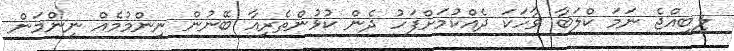
ލިބިއްޖެ ނަމަ ކްލަބާ ވާހަކަ ދެއްކުމަށްފަހު ދެން ކުޅުންތެރިއާ ބޭނުން ނިންމުމެއް ނިންމަން